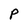
Character: P